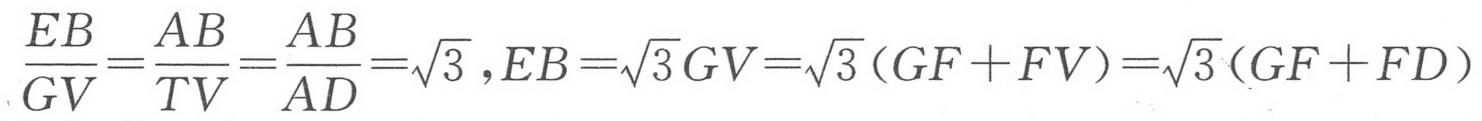
$\frac{EB}{GV}=\frac{AB}{TV}=\frac{AB}{AD}=\sqrt{3} ,EB=\sqrt{3}GV=\sqrt{3}(GF + FV)=\sqrt{3}(GF + FD)$